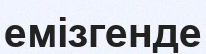
емізгенде